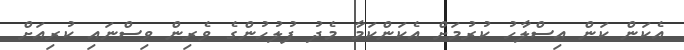
އެކަން ކަން އިސްލާހު ކުރުމަށް އެކަންކަމާ މެދު ފުލުހުންގެ ވެރިން ވިސްނައި ކުރިއަށް